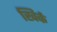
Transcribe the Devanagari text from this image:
खिर्क